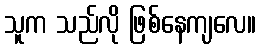
သူက သည်လို ဖြစ်နေကျလေ။